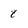
Character: 8